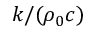
k / ( \rho _ { 0 } c )